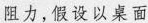
阻力，假设以桌面